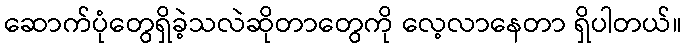
ဆောက်ပုံတွေရှိခဲ့သလဲဆိုတာတွေကို လေ့လာနေတာ ရှိပါတယ်။